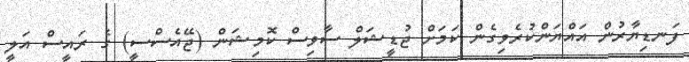
ފަނޑިޔާރުން އައްޔަންކުރެވިގެން ކަމަށް ޖުޑީޝަލް ސާވިސް ކޮމިޝަން (ޖޭއެސްސީ) ގެ ރައީސް އަލީ